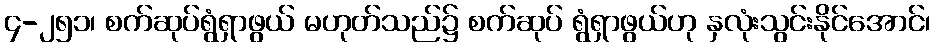
၄-၂၅၁၊ စက်ဆုပ်ရွံရှာဖွယ် မဟုတ်သည်၌ စက်ဆုပ် ရွံရှာဖွယ်ဟု နှလုံးသွင်းနိုင်အောင်၊